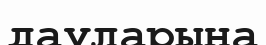
дауларына